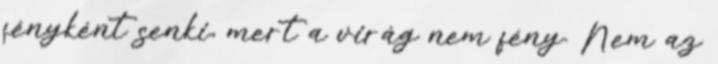
fényként senki, mert a virág nem fény. Nem az